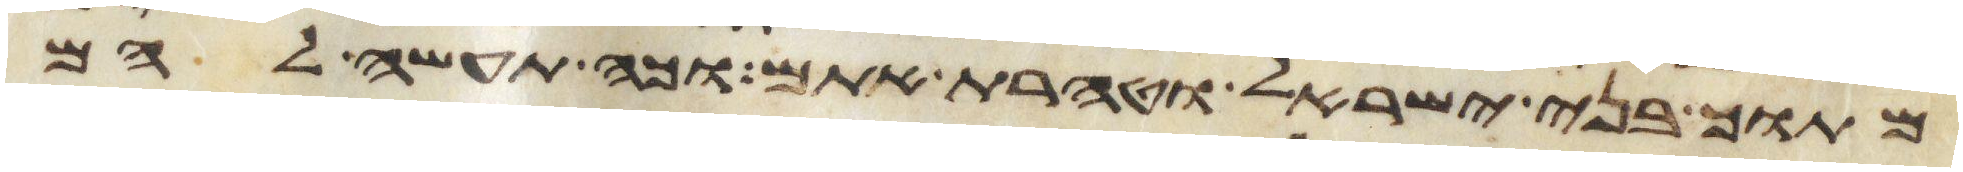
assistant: מתוך בני ישראל וטהרת אתם וכה תעשה להם